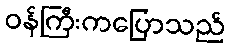
ဝန်ကြီးကပြောသည်